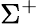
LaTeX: \Sigma^{+}